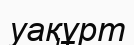
уақұрт